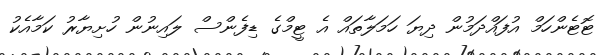
ޓޮޓެންހަމް އުފައްދަމުން ދިޔަ ހަމަލާތައް އެ ޓީމްގެ ޑިފެންސް ލައިނުން ހުށިޔާރު ކަމާއެކު